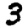
Digit: 3